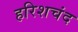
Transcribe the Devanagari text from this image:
हरिशचंद